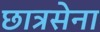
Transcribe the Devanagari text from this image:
छात्रसेना